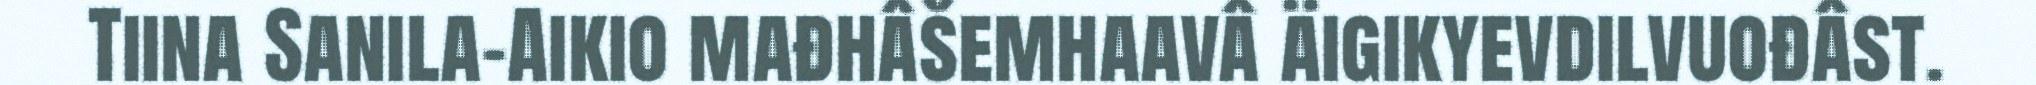
Tiina Sanila-Aikio mađhâšemhaavâ äigikyevdilvuođâst.